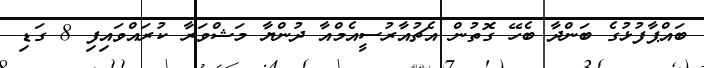
ބައްޕާފުޅުގެ ބަންދާ ބެހޭ ގޮތުން އެޗުއާރުސީއެމްއާ ދުންޔާ މަޝްވަރާ ކުރައްވައިފި 8 ގަޑި